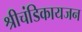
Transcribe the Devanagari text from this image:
श्रीचंडिकायजन